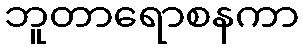
ဘူတာရောစနကာ